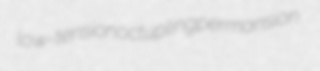
low-tension octupling permansion